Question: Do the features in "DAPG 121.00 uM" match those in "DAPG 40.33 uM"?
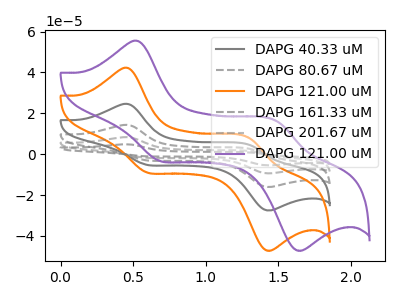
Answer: <think>The gray curve "DAPG 40.33 uM" has anodic peaks at (0.45V, 24.60uA) (1.30V, 4.60uA) and cathodic peaks at (0.60V, -5.15uA) (1.40V, -27.35uA). The gray dashed curve "DAPG 80.67 uM" has anodic peaks at (0.45V, 49.15uA) (1.30V, 9.20uA) and cathodic peaks at (0.60V, -10.35uA) (1.40V, -54.65uA). The orange curve "DAPG 121.00 uM" has anodic peaks at (0.45V, 42.20uA) (1.30V, 7.90uA) and cathodic peaks at (0.60V, -8.85uA) (1.40V, -46.90uA). The gray dashed curve "DAPG 161.33 uM" has anodic peaks at (0.45V, 98.35uA) (1.30V, 18.45uA) and cathodic peaks at (0.60V, -20.70uA) (1.40V, -109.30uA). The gray dashed curve "DAPG 201.67 uM" has anodic peaks at (0.45V, 73.75uA) (1.30V, 13.85uA) and cathodic peaks at (0.60V, -15.50uA) (1.40V, -82.00uA). The purple curve "DAPG 121.00 uM" has anodic peaks at (0.55V, 55.40uA) (1.50V, 16.05uA) and cathodic peaks at (0.70V, -3.20uA) (1.60V, -46.85uA).
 All the peaks in "DAPG 121.00 uM" have a peak in "DAPG 40.33 uM" at the same potential. Every peak in "DAPG 121.00 uM" is higher than every peak in "DAPG 40.33 uM".</think>
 <answer>"DAPG 121.00 uM" and "DAPG 40.33 uM" are similar in shape.</answer>
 <eval>same_shape</eval>